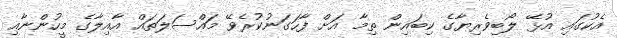
އެކުގައި އުޅޭ ލޯބިވެރިޔާގެ ކިބައިން ތިމާ އަށް ފާހަގަނުކުރެވޭ މައްސަލަތައް އާއިލާގެ މީހުންނާއި